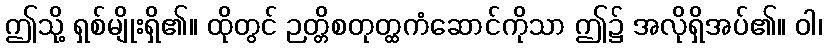
ဤသို့ ရှစ်မျိုးရှိ၏။ ထိုတွင် ဉတ္တိစတုတ္ထကံဆောင်ကိုသာ ဤ၌ အလိုရှိအပ်၏။ ဝါ၊